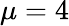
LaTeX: \mu=4